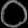
Digit: ၀